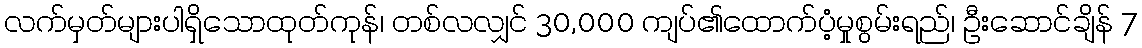
လက်မှတ်များပါရှိသောထုတ်ကုန်၊ တစ်လလျှင် 30,000 ကျပ်၏ထောက်ပံ့မှုစွမ်းရည်၊ ဦးဆောင်ချိန် 7